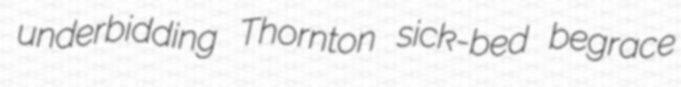
underbidding Thornton sick-bed begrace